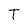
Character: T